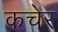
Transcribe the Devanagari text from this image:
कचेर